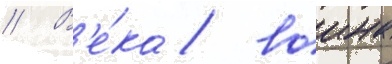
// В'е́ка / воина